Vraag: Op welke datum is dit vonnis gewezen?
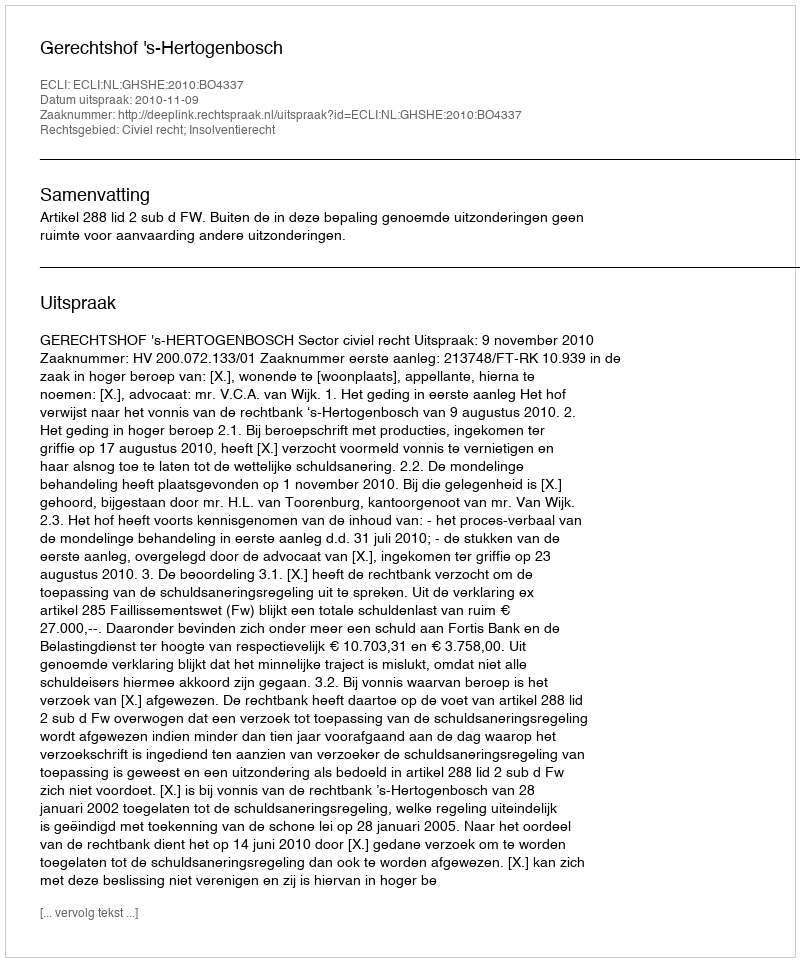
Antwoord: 2010-11-09